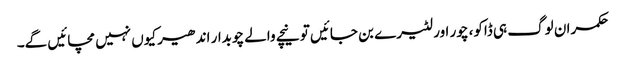
حکمران لوگ ہی ڈاکو، چور اور لٹیرے بن جائیں تو نیچے والے چوبدار اندھیر کیوں نہیں مچائیں گے۔